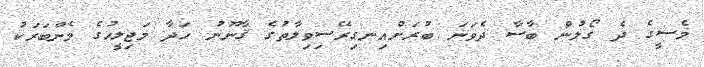
މެސީގެ ދެ ގޯލުން ބާސާ ދެވަނަ ބުރަށްއިނގިރޭސިވިލާތުގެ ޤާނޫނު ހަދާ މަޖިލީހުގެ މެންބަރަކު